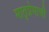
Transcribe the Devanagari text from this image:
मातृप्रेमाची